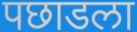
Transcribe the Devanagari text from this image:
पछाडला